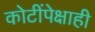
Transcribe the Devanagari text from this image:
कोटींपेक्षाही